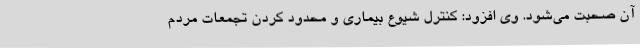
آن صحبت می‌شود. وی افزود: کنترل شیوع بیماری و محدود کردن تجمعات مردم